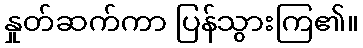
နှုတ်ဆက်ကာ ပြန်သွားကြ၏။